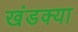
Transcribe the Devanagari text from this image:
खंडक्या